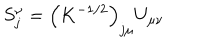
S _ { j } ^ { \nu } = \left( K ^ { - 1 / 2 } \right) _ { j \mu } U _ { \mu \nu }